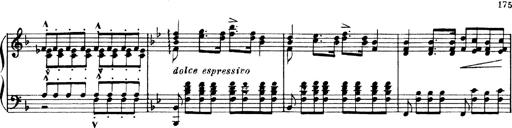
Title: Andante Finale und Marsch aus der Oper KÃ¶nig Alfred
Composer: Franz Liszt